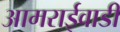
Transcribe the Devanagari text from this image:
आमराईवाडी